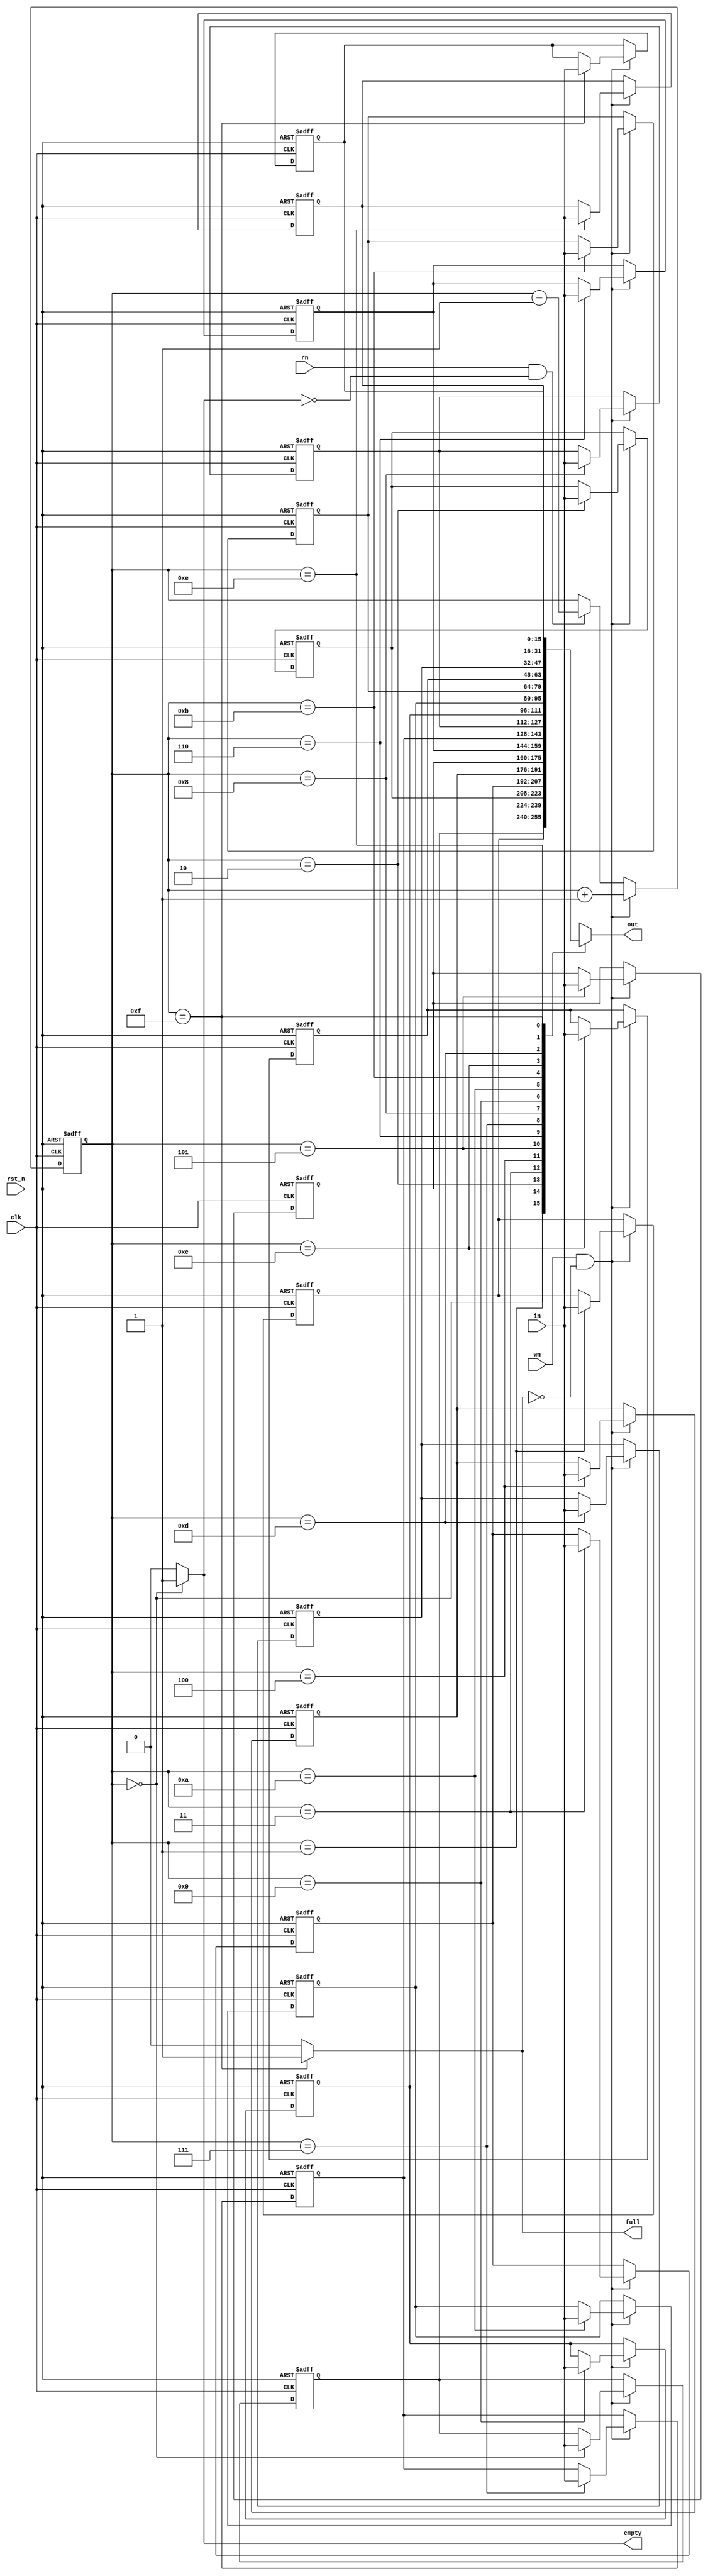
`define C2Q 5
module stack #(
    parameter DATA_WIDTH  = 16,
    parameter STACK_DEPTH = 16
) (
    input [DATA_WIDTH-1:0] in,
    output full,
    output empty,
    input clk,
    input rst_n,
    input wn,
    input rn,
    output reg [DATA_WIDTH-1:0] out
);

    localparam SP_WIDTH = $clog2(STACK_DEPTH);
    reg [SP_WIDTH-1:0] sp;
    reg [DATA_WIDTH-1:0] memory[0:STACK_DEPTH-1];
    integer i;

    assign full  = (sp == {SP_WIDTH{1'b1}}) ? 1 : 0;
    assign empty = (sp == {SP_WIDTH{1'b0}}) ? 1 : 0;

    always @(*) begin
        out = memory[sp];
    end

    always @(posedge clk or negedge rst_n) begin
        //synopsys_translate_off
        #`C2Q;
        //synopsys_translate_on
        if (~rst_n) begin
            for (i = 0; i < STACK_DEPTH; i = i + 1) begin
                memory[i] <= 'd0;
            end
            sp <= 1;
        end else if (wn & !full) begin
            memory[sp] <= in;
            sp <= sp + 1;
        end else if (rn & !empty) begin
            sp <= sp - 1;
        end
    end
endmodule